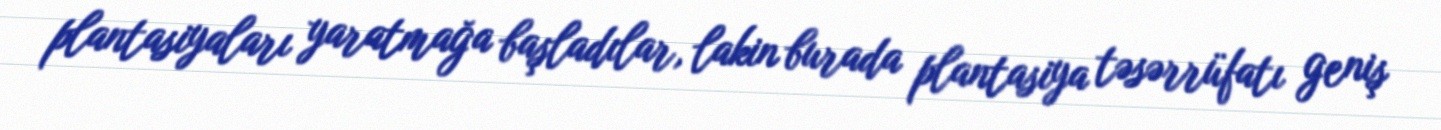
plantasiyaları yaratmağa başladılar, lakin burada plantasiya təsərrüfatı geniş